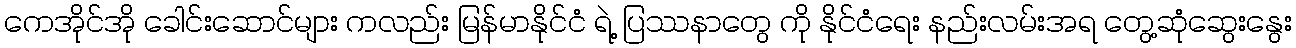
ကေအိုင်အို ခေါင်းဆောင်များ ကလည်း မြန်မာနိုင်ငံ ရဲ့ ပြဿနာတွေ ကို နိုင်ငံရေး နည်းလမ်းအရ တွေ့ဆုံဆွေးနွေး